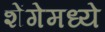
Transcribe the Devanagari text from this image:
शेंगेमध्ये